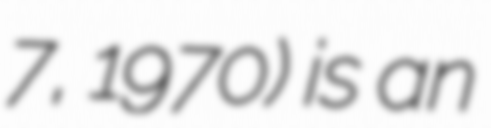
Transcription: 7, 1970) is an